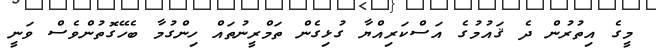
މީގެ އިތުރުން ދެ ޤައުމުގެ އަސްކަރިއްޔާ ގުޅިގެން ތަމްރީނުތައް ހިންގުމާ ބެހޭގޮތުންވެސް ވަނީ